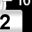
Digit: 2